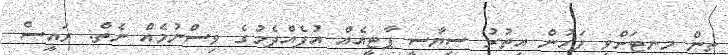
ތިން މިނިޓަށްވީ ފަހުން އިތުރު ސިޔާސީ ޕާޓީއެއް އުފެއްދެމުގެ ވިސްނުމެއް ނެތް: ރައީސް